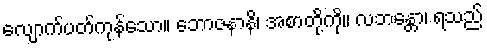
လျောက်ပတ်ကုန်သော။ ဘောဇနာနိ၊ အစာတို့ကို။ လဘန္တော၊ ရသည်